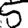
Digit: 5